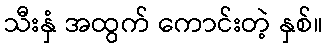
သီးနှံ အထွက် ကောင်းတဲ့ နှစ်။